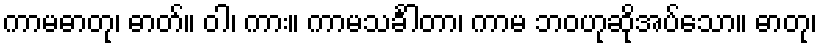
ကာမဓာတု၊ ဓာတ်။ ဝါ၊ ကား။ ကာမသင်္ခါတာ၊ ကာမ ဘဝဟုဆိုအပ်သော။ ဓာတု၊